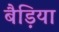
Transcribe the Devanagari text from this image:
बैड़िया